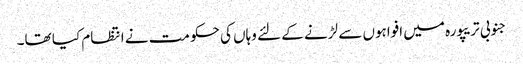
جنوبی تریپورہ میں افواہوں سے لڑنے کے لئے وہاں کی حکومت نے انتظام کیا تھا۔